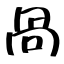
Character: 咼